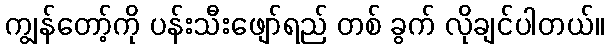
ကျွန်တော့်ကို ပန်းသီးဖျော်ရည် တစ် ခွက် လိုချင်ပါတယ်။